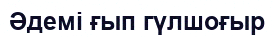
Әдемі ғып гүлшоғыр